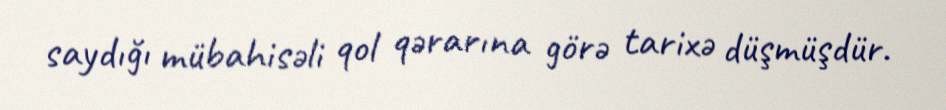
saydığı mübahisəli qol qərarına görə tarixə düşmüşdür.